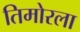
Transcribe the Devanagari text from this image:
तिमोरला